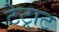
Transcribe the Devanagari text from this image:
टेट्राट